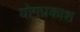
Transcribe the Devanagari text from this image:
योगप्रकाश